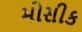
મોસીક